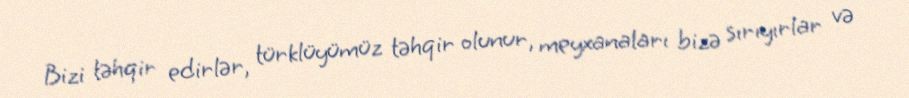
Bizi təhqir edirlər, türklüyümüz təhqir olunur, meyxanaları bizə sırıyırlar və